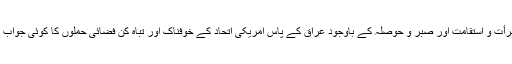
اس سب کچھ کے باوجود جنگ بتدریج آگے بڑھ رہی ہے اور تجزیہ نگاروں کا کہنا ہے کہ تمام تر جرأت و استقامت اور صبر و حوصلہ کے باوجود عراق کے پاس امریکی اتحاد کے خوفناک اور تباہ کن فضائی حملوں کا کوئی جواب موجود نہیں ہے اور نہ ہی عسکری میدان میں اپنی تنہائی کے نتائج سے بچنا اس کے لیے ممکن ہے۔